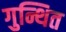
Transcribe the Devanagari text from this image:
गुन्थित